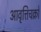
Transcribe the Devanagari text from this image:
आवृत्तिचक्रों